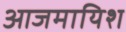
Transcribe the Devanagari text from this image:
आजमायिश